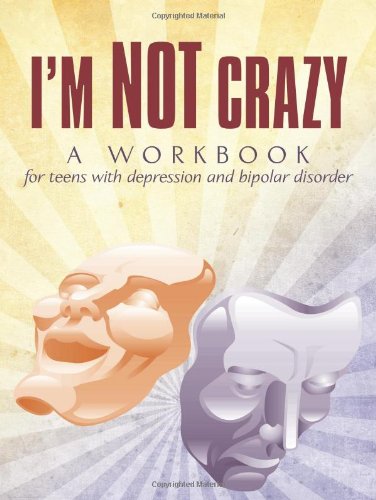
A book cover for I'm Not Crazy: A workbook for teens with depression and bipolar disorder; Linda de Sosa; Teen & Young Adult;